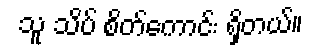
သူ သိပ် စိတ်ကောင်း ရှိတယ်။